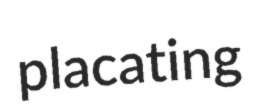
placating